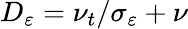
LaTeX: D_{\varepsilon}=\nu_{t}/\sigma_{\varepsilon}+\nu